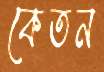
কেতন